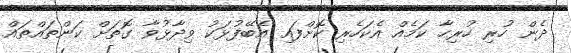
ދެން ހުރި ހުރިހާ ކަމެއް އެކަހެރި ކޮށްފައި އެބޭފުޅަކު ވިދާޅުވާ ގޮތަށް ކަންތައްތައް